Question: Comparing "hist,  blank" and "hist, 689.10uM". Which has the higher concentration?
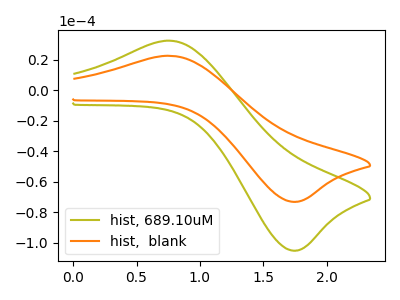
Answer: <think>The olive curve "hist, 689.10uM" has an anodic peak at (0.75V, 32.50uA) and a cathodic peak at (1.75V, -105.15uA). The orange curve "hist,  blank" has an anodic peak at (0.75V, 22.60uA) and a cathodic peak at (1.75V, -73.15uA).
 All the peaks in "hist,  blank" have a peak in "hist, 689.10uM" at the same potential. Every peak in "hist,  blank" is lower than every peak in "hist, 689.10uM".</think>
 <answer>"hist,  blank" has less signal than "hist, 689.10uM" and so likely has a lower concentration.</answer>
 <eval>less_concentration</eval>